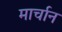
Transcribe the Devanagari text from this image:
मार्चान